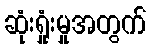
ဆုံးရှုံးမှုအတွက်